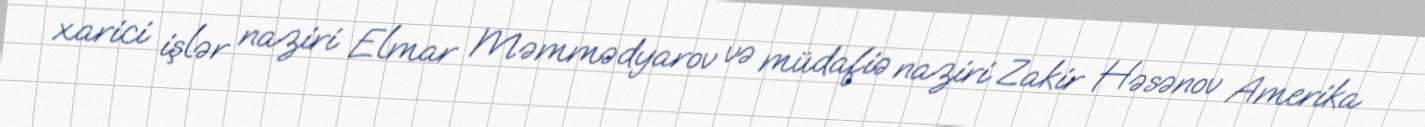
xarici işlər naziri Elmar Məmmədyarov və müdafiə naziri Zakir Həsənov Amerika